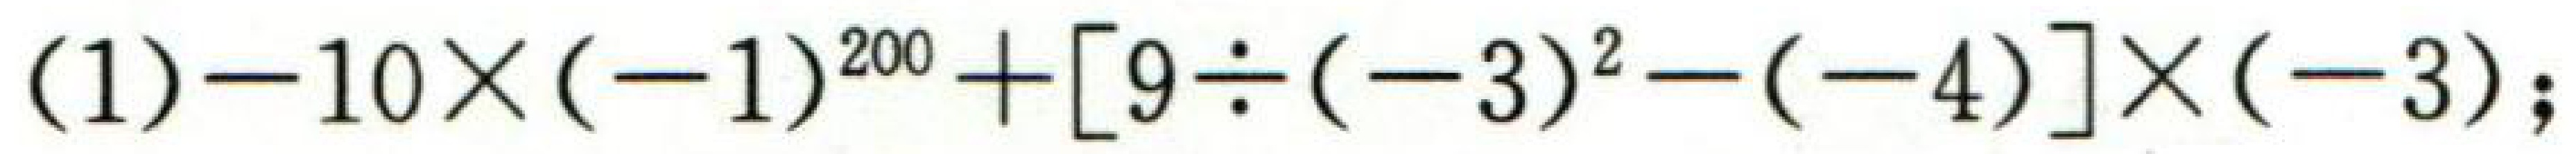
\((1)-10\times(-1)^{200}+[9\div(-3)^{2}-(-4)]\times(-3);\)